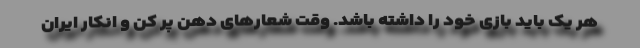
هر یک باید بازی خود را داشته باشد. وقت شعارهای دهن پر کن و انکار ایران